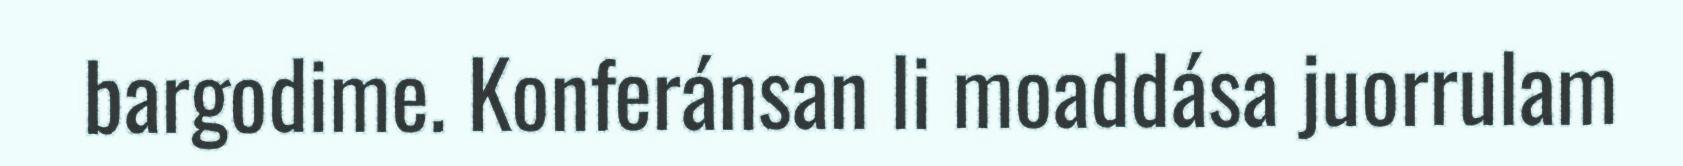
bargodime. Konferánsan li moaddása juorrulam